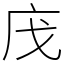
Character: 㡲